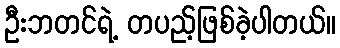
ဦးဘတင်ရဲ့ တပည့်ဖြစ်ခဲ့ပါတယ်။